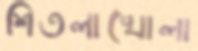
শিতলাখোলা